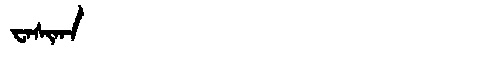
Manchu: ᠸᠠᠰᡳᡴᠠ
Romanization: WASIKA